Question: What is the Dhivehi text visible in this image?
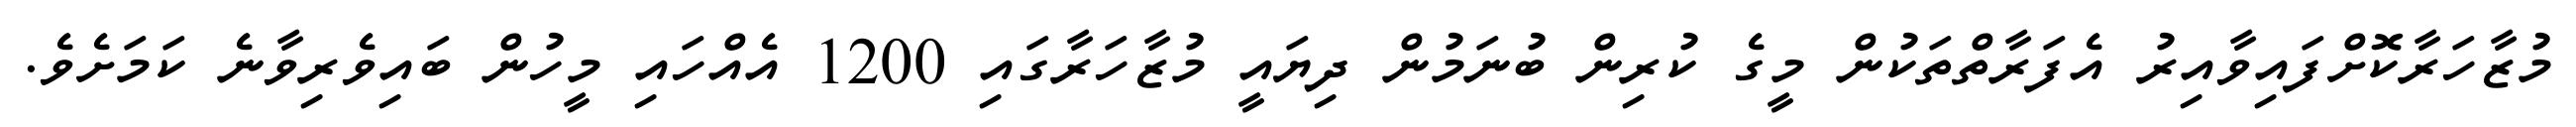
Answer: މުޒާހަރާކޮށްފައިވާއިރު އެފަރާތްތަކުން މީގެ ކުރިން ބުނަމުން ދިޔައީ މުޒާހަރާގައި 1200 އެއްހައި މީހުން ބައިވެރިވާނެ ކަމަށެވެ.